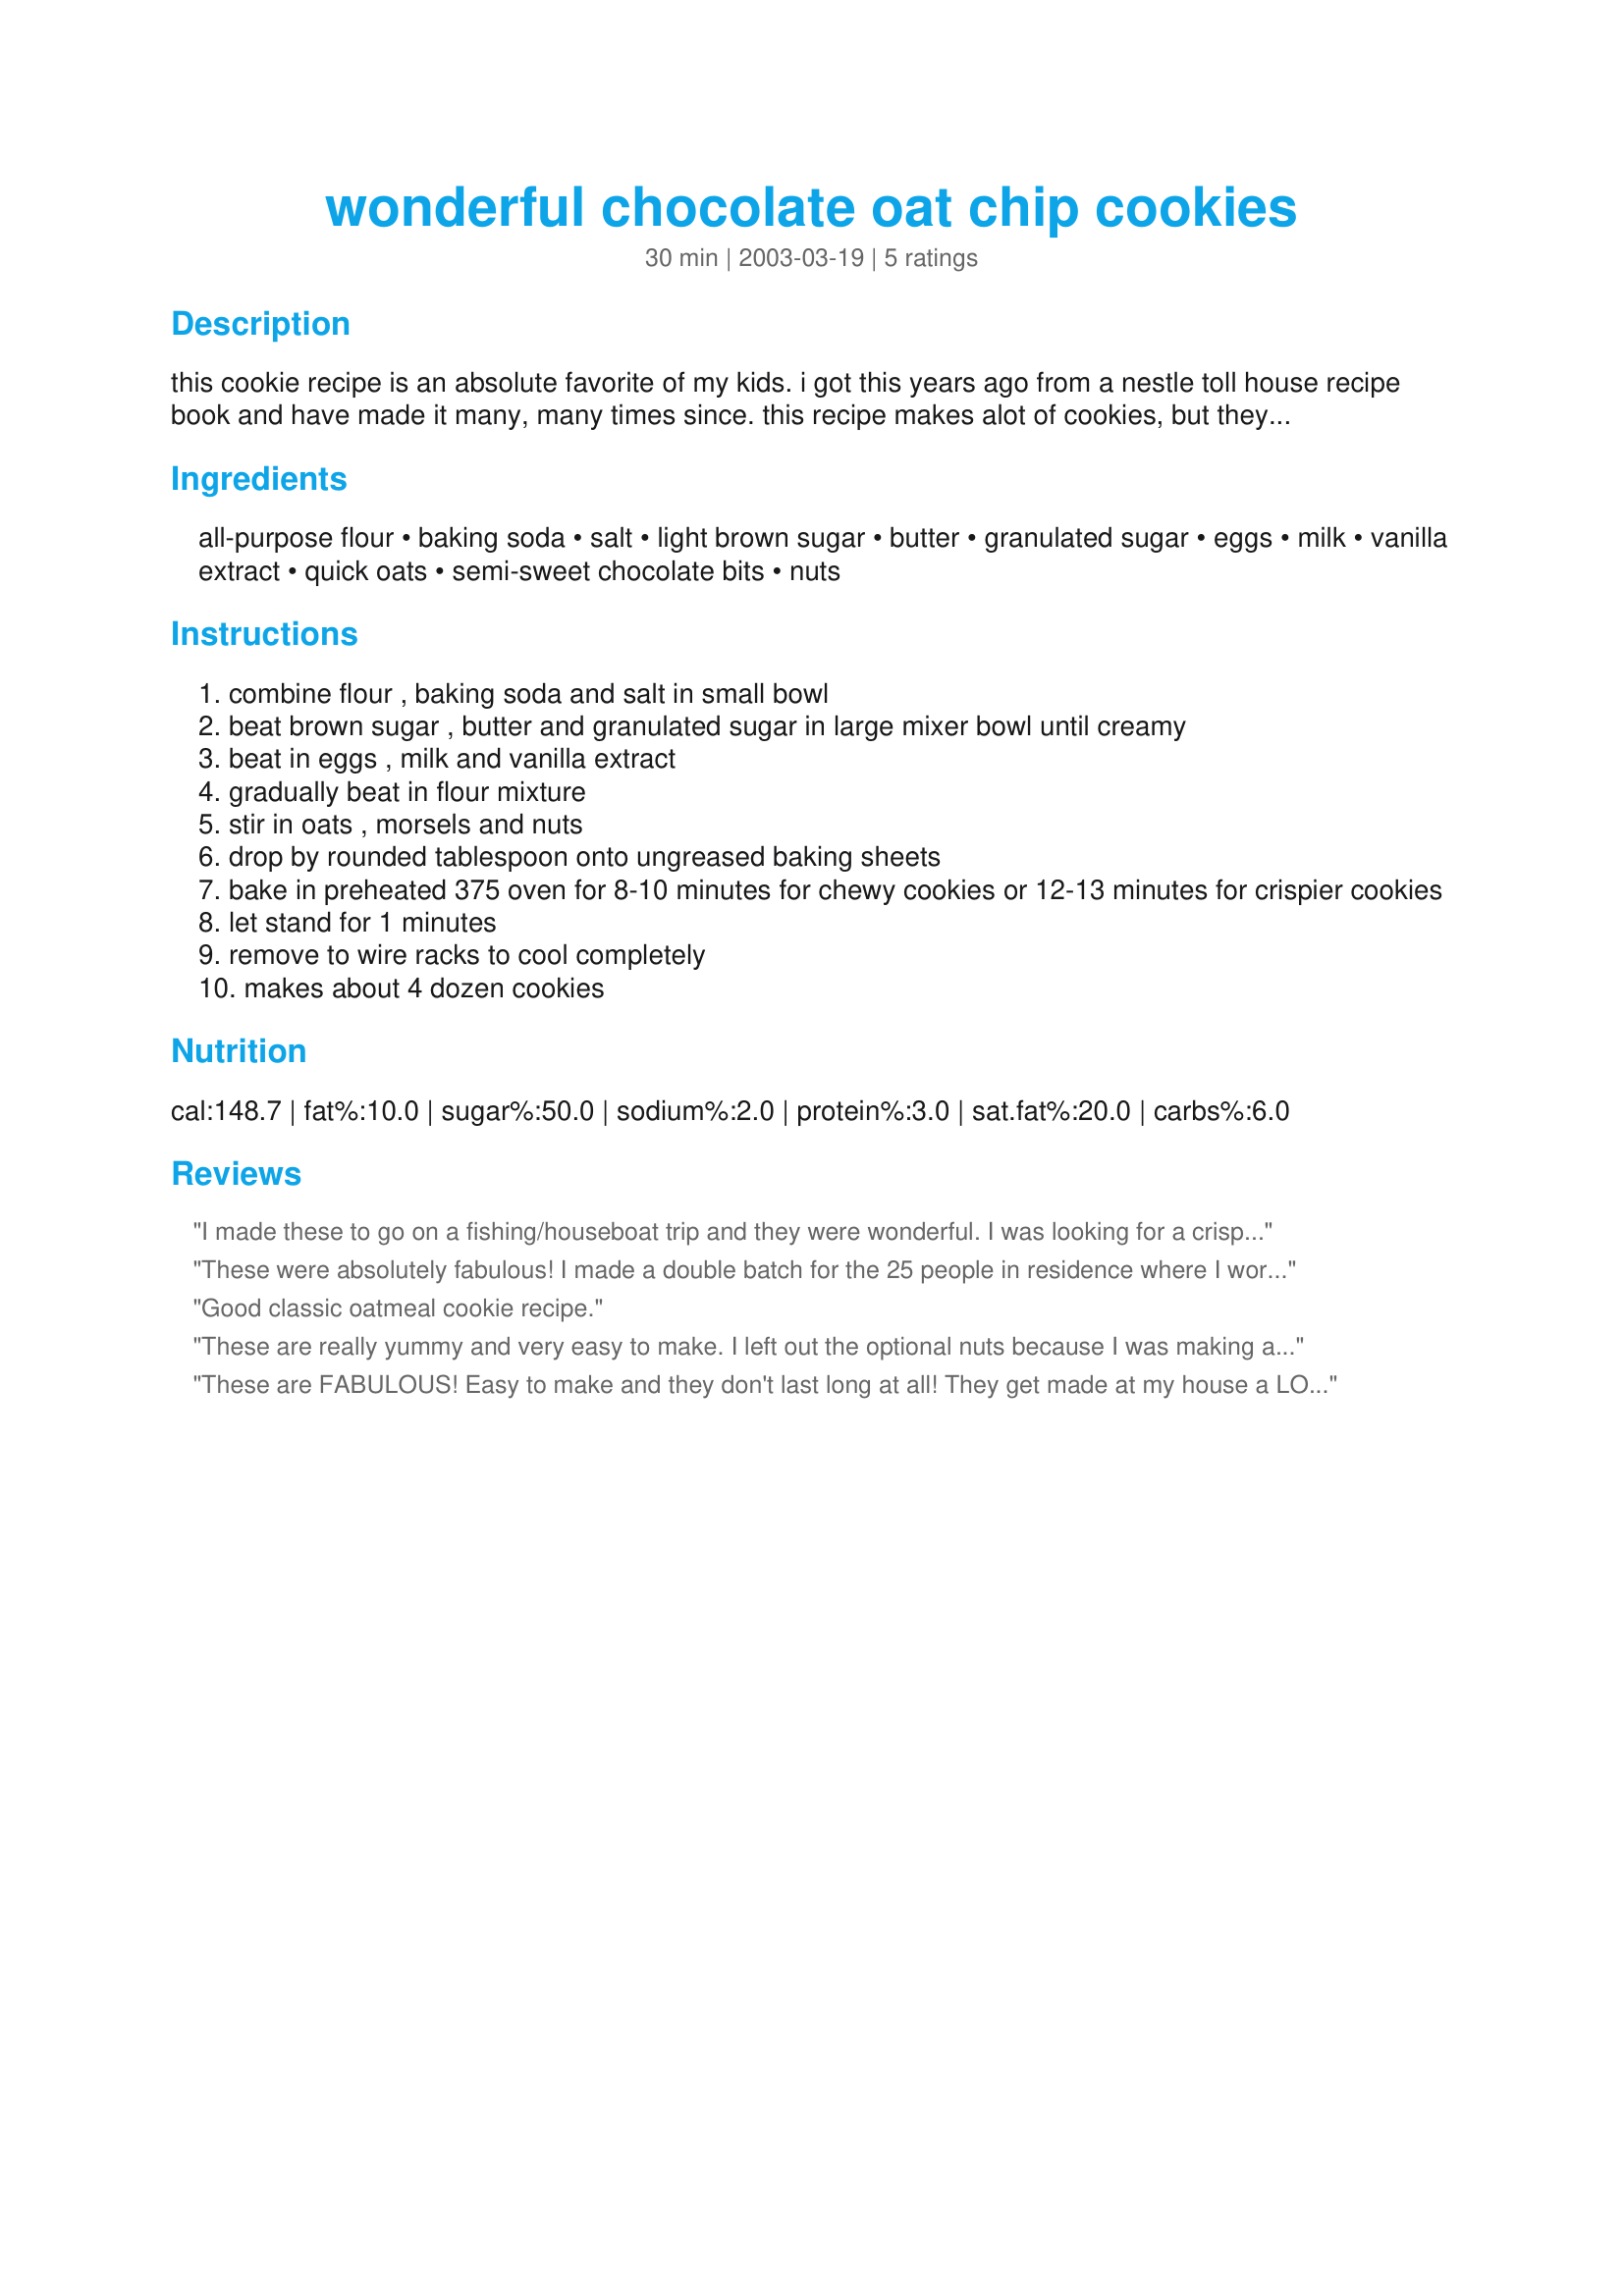
wonderful chocolate oat chip cookies
Preparation time: 30 minutes

this cookie recipe is an absolute favorite of my kids. i got this years ago from a nestle toll house recipe book and have made it many, many times since. this recipe makes alot of cookies, but they will go fast.

Ingredients:
all-purpose flour, baking soda, salt, light brown sugar, butter, granulated sugar, eggs, milk, vanilla extract, quick oats, semi-sweet chocolate bits, nuts

Steps:
combine flour , baking soda and salt in small bowl
beat brown sugar , butter and granulated sugar in large mixer bowl until creamy
beat in eggs , milk and vanilla extract
gradually beat in flour mixture
stir in oats , morsels and nuts
drop by rounded tablespoon onto ungreased baking sheets
bake in preheated 375 oven for 8-10 minutes for chewy cookies or 12-13 minutes for crispier cookies
let stand for 1 minutes
remove to wire racks to cool completely
makes about 4 dozen cookies

Reviews:
I made these to go on a fishing/houseboat trip and they were wonderful. I was looking for a crispy cookie, so I baked them as suggested. The nuts I used were walnuts.The only complaint I had was that I didn't bring the whole batch! You see, it rained. So, stuck inside a houseboat on rainy days we tend to consume greater quantities of everything--I love rainy days!
These were absolutely fabulous! I made a double batch for the 25 people in residence where I work and received several complaints from individuals who didn't get any.I used quick oats and walnuts. The next time I want to use regular long-cooking oats because they provide better texture (as if I need to improve upon perfection).
Good classic oatmeal cookie recipe.
These are really yummy and very easy to make. I left out the optional nuts because I was making a quick batch of biscuits, and halved the recipe (not needing 48 naughty temptations!) and they were wonderful. Thanks for a yummy recipe that will certainly be made again.
These are FABULOUS! Easy to make and they don't last long at all! They get made at my house a LOT! Thanks for sharing such a wonderful recipe! :)
